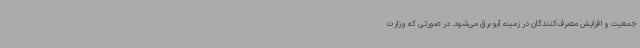
جمعیت و افزایش مصرف‌کنندگان در زمینه آبو برق می‌شود. در صورتی که وزارت